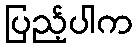
ပြည့်ပါက